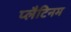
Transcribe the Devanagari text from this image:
प्लैटिनम